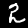
Label: 2